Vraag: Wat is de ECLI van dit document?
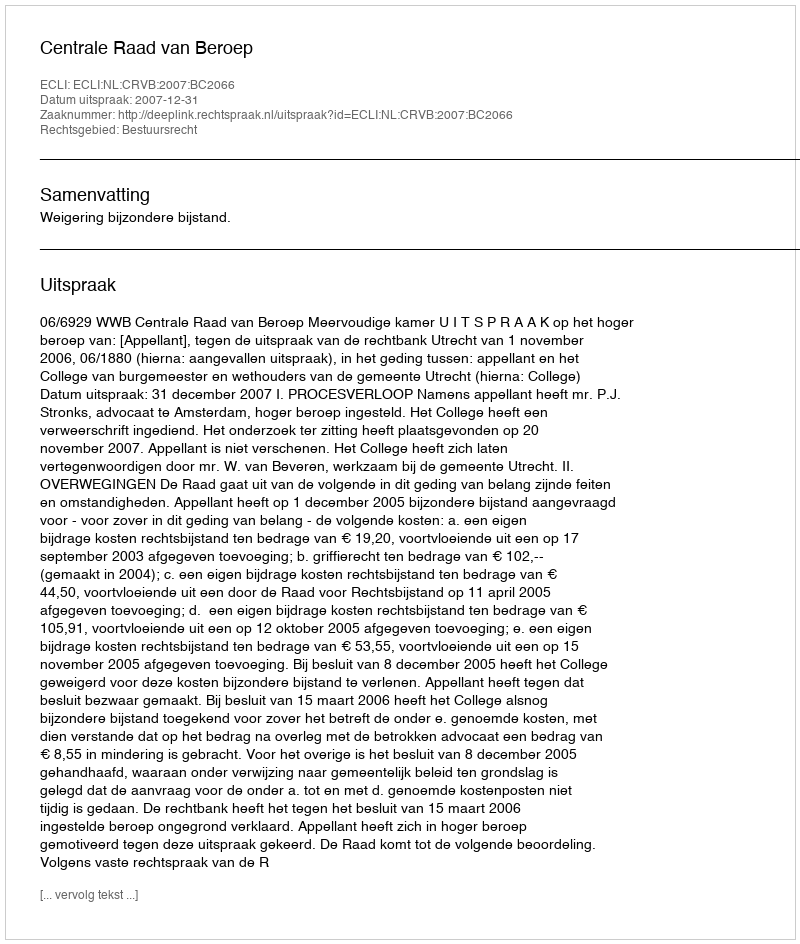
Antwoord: ECLI:NL:CRVB:2007:BC2066